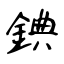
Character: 錪